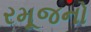
રમૂજનો